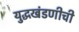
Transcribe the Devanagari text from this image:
युद्धखंडणीची